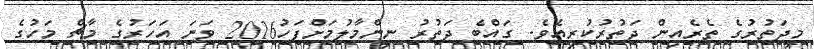
މިދަތުރުގެ ތެރެއިން ދަތުރުކުރިއެވެ. ގައްބެ ދަތުރު ނިންމާލުމަށްފަހު2016 ވަނަ އަހަރުގެ މާޗް މަހުގެ